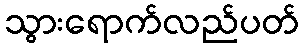
သွားရောက်လည်ပတ်